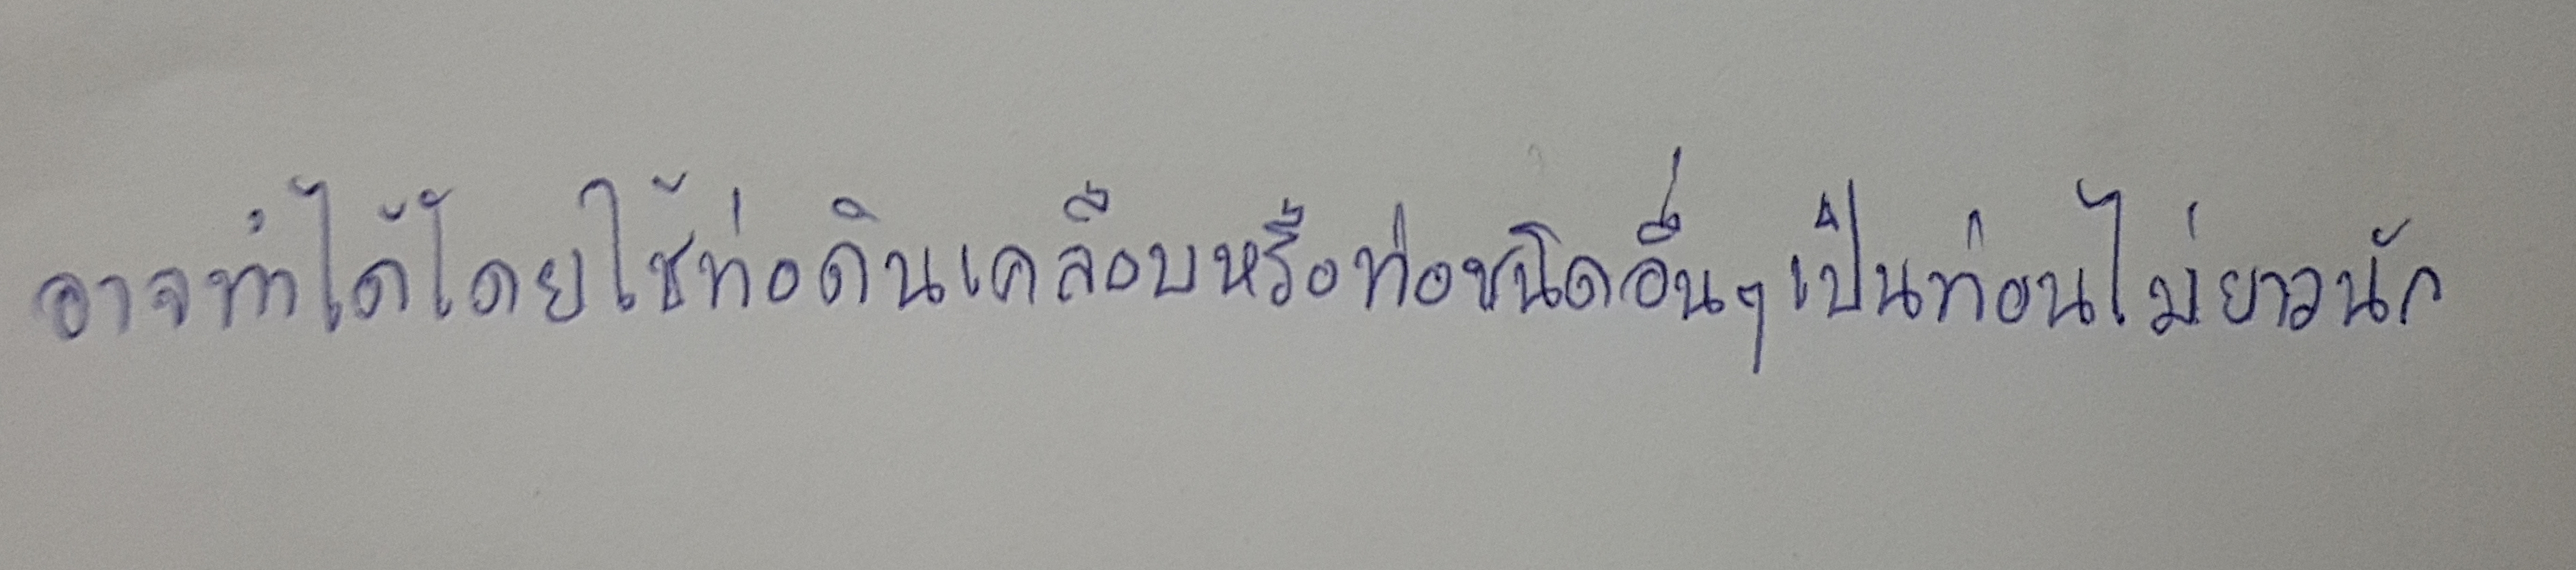
อาจทำได้โดยใช้ท่อดินเคลือบหรือท่อชนิดอื่นๆเป็นท่อนไม่ยาวนัก